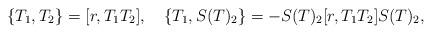
LaTeX: \begin{align*}\{T_1,T_2\}=[r,T_1T_2],~~~\{T_1,S(T)_2\}=-S(T)_2[r,T_1T_2]S(T)_2,\end{align*}